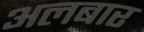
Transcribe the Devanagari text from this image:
अलबार